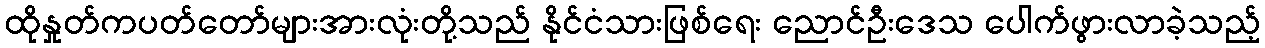
ထိုနှုတ်ကပတ်တော်များအားလုံးတို့သည် နိုင်ငံသားဖြစ်ရေး ညောင်ဦးဒေသ ပေါက်ဖွားလာခဲ့သည့်